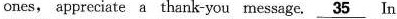
ones, appreciate a thank-you message. \underline{35} In